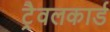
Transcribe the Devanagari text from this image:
ट्रैवलकार्ड